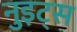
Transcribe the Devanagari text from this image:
नुइट्स